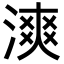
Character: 漺